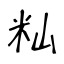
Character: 籼